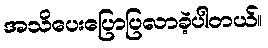
အသိပေးပြောပြလာခဲ့ပါတယ်။